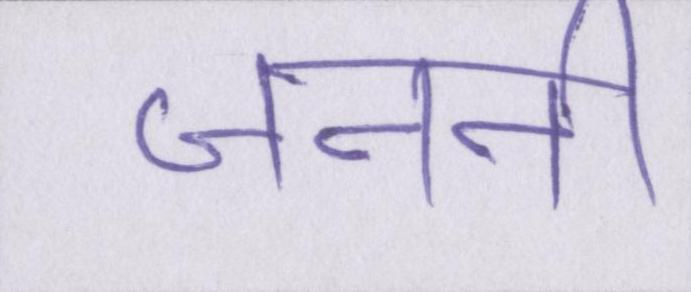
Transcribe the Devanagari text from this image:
जननी